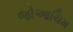
જોઆચિમ